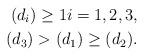
LaTeX: \begin{align*} (d_i) \geq 1 i = 1,2,3, \\ (d_3)> (d_1) \geq (d_2).\end{align*}